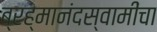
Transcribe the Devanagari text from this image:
ब्रह्मानंदस्वामींचा